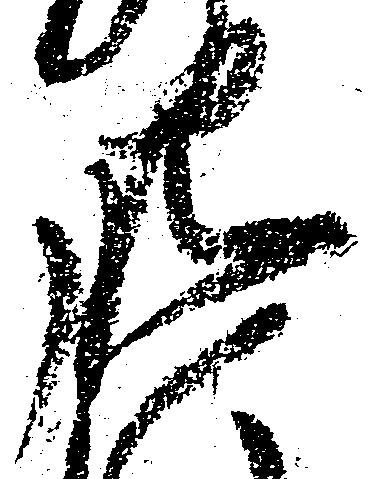
肥